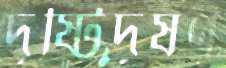
দৃষ্টিদূষণ